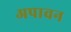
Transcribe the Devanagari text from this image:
अपावन